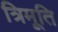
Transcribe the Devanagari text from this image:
त्रिमूति